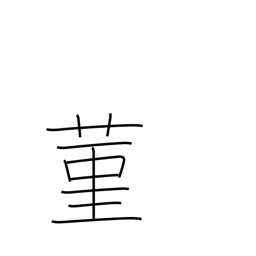
Meaning: the violet